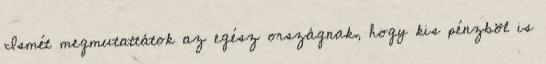
Ismét megmutattátok az egész országnak, hogy kis pénzböl is